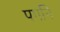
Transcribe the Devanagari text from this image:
पगनि